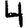
Digit: 4